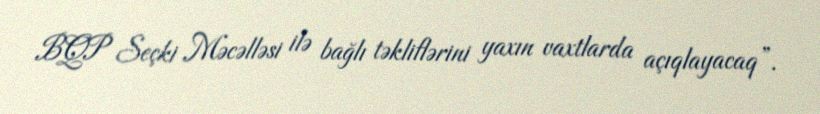
BQP Seçki Məcəlləsi ilə bağlı təkliflərini yaxın vaxtlarda açıqlayacaq”.